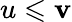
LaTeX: u\leqslant\mathbf{v}